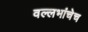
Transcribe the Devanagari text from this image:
वल्लभांचेच